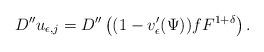
LaTeX: \begin{align*}D'' u_{\epsilon,j}=D''\left((1-v'_{\epsilon}(\Psi))fF^{1+\delta}\right).\end{align*}